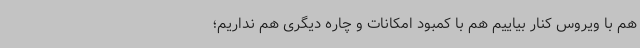
هم با ویروس کنار بیاییم هم با کمبود امکانات و چاره دیگری هم نداریم؛